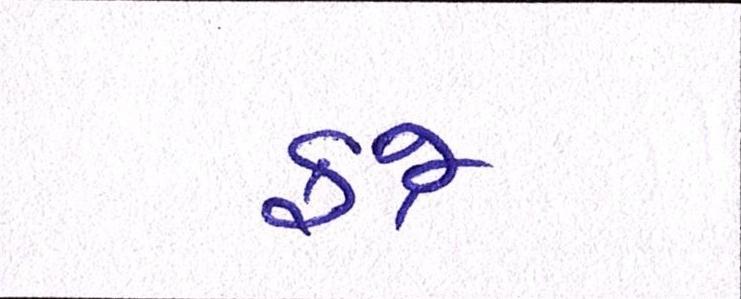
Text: ફજ્ર